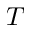
T